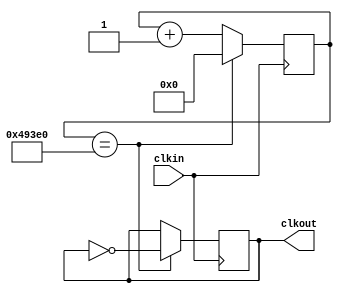
module clk_debounc(clkin, clkout);
	input clkin;
	output clkout;
	
	reg [19:0]cont;
	reg clkout;
	initial begin
		clkout = 1'b0;
		cont = 20'b00000000000000000000;
	end
	
	always@(posedge clkin)begin
		if(cont == 20'b01001001001111100000)begin
			clkout <= ~clkout;
			cont = 20'b00000000000000000000;
		end
		else begin
			cont <= cont +20'b00000000000000000001;
		end
	end
	
endmodule